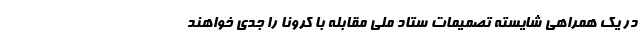
در یک همراهی شایسته تصمیمات ستاد ملی مقابله با کرونا را جدی خواهند